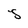
Character: S